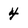
Character: 4